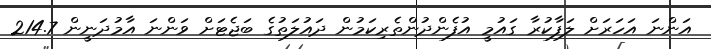
އަންނަ އަހަރަށް ލަފާކުރާ ގައުމީ އުފެންދުންތެރިކަމުން ދައުލަތުގެ ބަޖެޓަށް ވަންނަ އާމުދަނީން 214.7